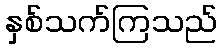
နှစ်သက်ကြသည်